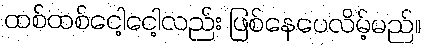
ထစ်ထစ်ငေါ့ငေါ့လည်း ဖြစ်နေပေလိမ့်မည်။